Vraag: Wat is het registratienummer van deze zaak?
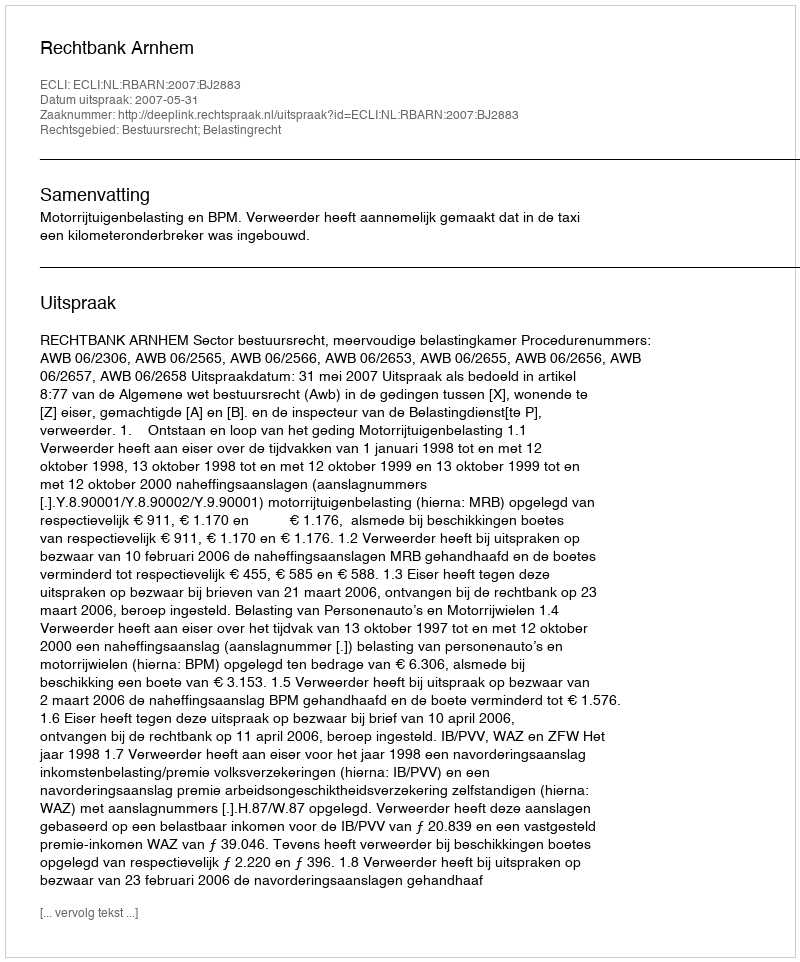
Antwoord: http://deeplink.rechtspraak.nl/uitspraak?id=ECLI:NL:RBARN:2007:BJ2883